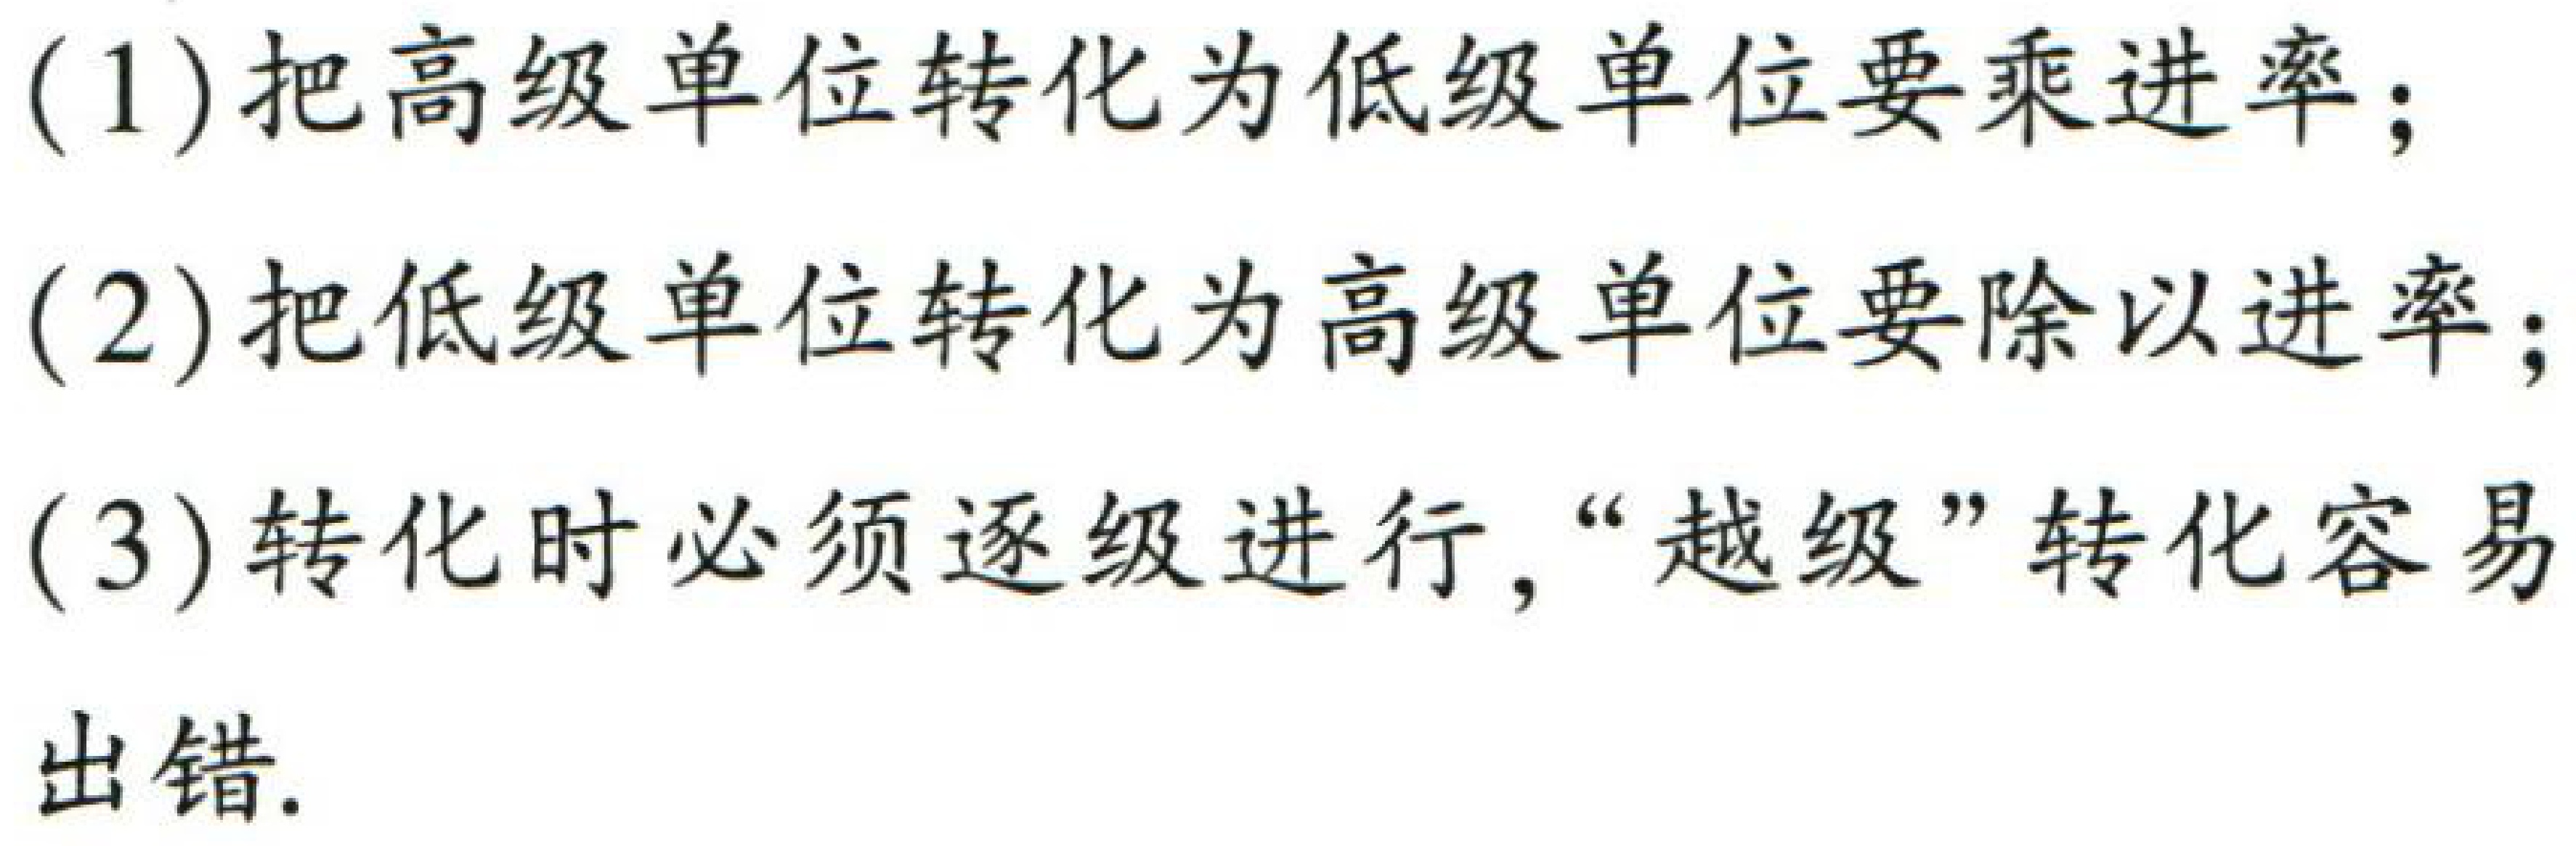
(1) 把高级单位转化为低级单位要乘进率；

(2) 把低级单位转化为高级单位要除以进率；

(3) 转化时必须逐级进行, “越级”转化容易出错.